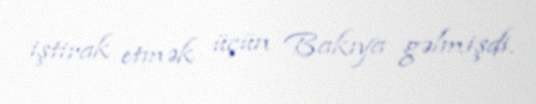
iştirak etmək üçün Bakıya gəlmişdi.